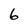
Character: 6